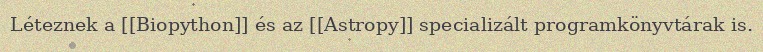
Léteznek a [[Biopython]] és az [[Astropy]] specializált programkönyvtárak is.